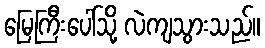
မြေကြီးပေါ်သို့ လဲကျသွားသည်။